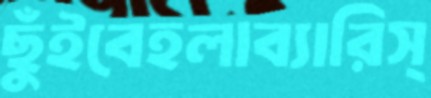
ছুঁইবেহলাব্যারিস্